Vaccination North-Western Provinces 1866-1877 - 1866-1877
Year: 1866
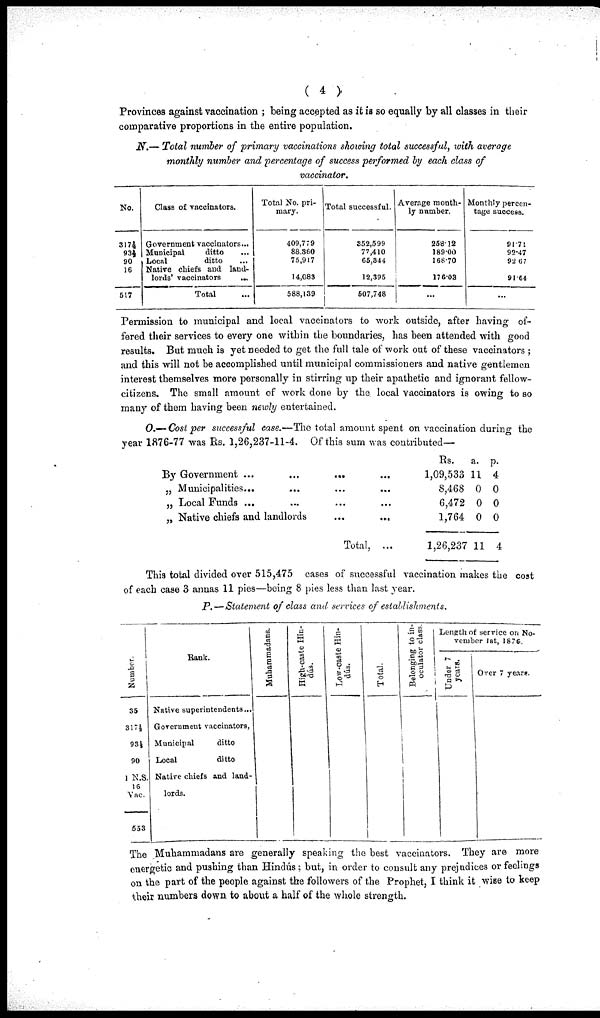
( 4 )
Provinces against vaccination ; being accepted as it is so equally by all classes in their
comparative proportions in the entire population.
N.— Total number of primary vaccinations showing total successful, with average
monthly number and percentage of success performed by each class of
vaccinator.
No.
317½
93½
90
16
517
Class of vaccinators.
Government vaccinators...
Municipal
ditto
Local
ditto
Native chiefs and land-
lords' vaccinators
...
Total
Total No. pri-
mary.
409,779
88,360
75,917
14,083
588,139
Total successful.
352,599
77,410
65,344
12,395
507,748
Average month-
ly number.
258.12
189.00
168.70
176.03
...
Monthly percen-
tage success.
91.71
92.47
92.67
91.64
...
Permission to municipal and local vaccinators to work outside, after having of-
fered their services to every one within the boundaries, has been attended with good
results. But much is yet needed to get the full tale of work out of these vaccinators ;
and this will not be accomplished until municipal commissioners and native gentlemen
interest themselves more personally in stirring up their apathetic and ignorant fellow-
citizens. The small amount of work done by the local vaccinators is owing to so
many of them having been newly entertained.
O.— Cost per successful case.—The total amount spent on vaccination during the
year 1876-77 was Rs. 1,26,237-11-4. Of this sum was contributed—
By Government ...
„ Municipalities... ... ... ...
„ Local Funds ... ... ... ...
„ Native chiefs and landlords ... ...
Total, ...
Rs.
1,09,533
8,468
6,472
1,764
1,26,237
a.
11
0
0
0
11
p.
4
0
0
0
4
This total divided over 515,475 cases of successful vaccination makes the cost
of each case 3 annas 11 pies—being 8 pies less than last year.
P.—Statement of class and services of establishments.
Number.
35
317½
93½
90
1 N.S.
16
Vac.
553
Rank.
Native superintendents...
Government vaccinators,
Municipal
ditto
Local
ditto
Native chiefs and land-
lords.
Muhammadans.
High-caste Hin-
dús.
Low-caste Hin-
dús.
Total.
Belonging to in-
oculator class.
Length of service on No-
vember 1st, 1878.
Under 7
years.
Over 7 years.
The Muhammadans are generally speaking the best vaccinators. They are more
energetic and pushing than Hindús; but, in order to consult any prejudices or feelings
on the part of the people against the followers of the Prophet, I think it wise to keep
their numbers down to about a half of the whole strength.